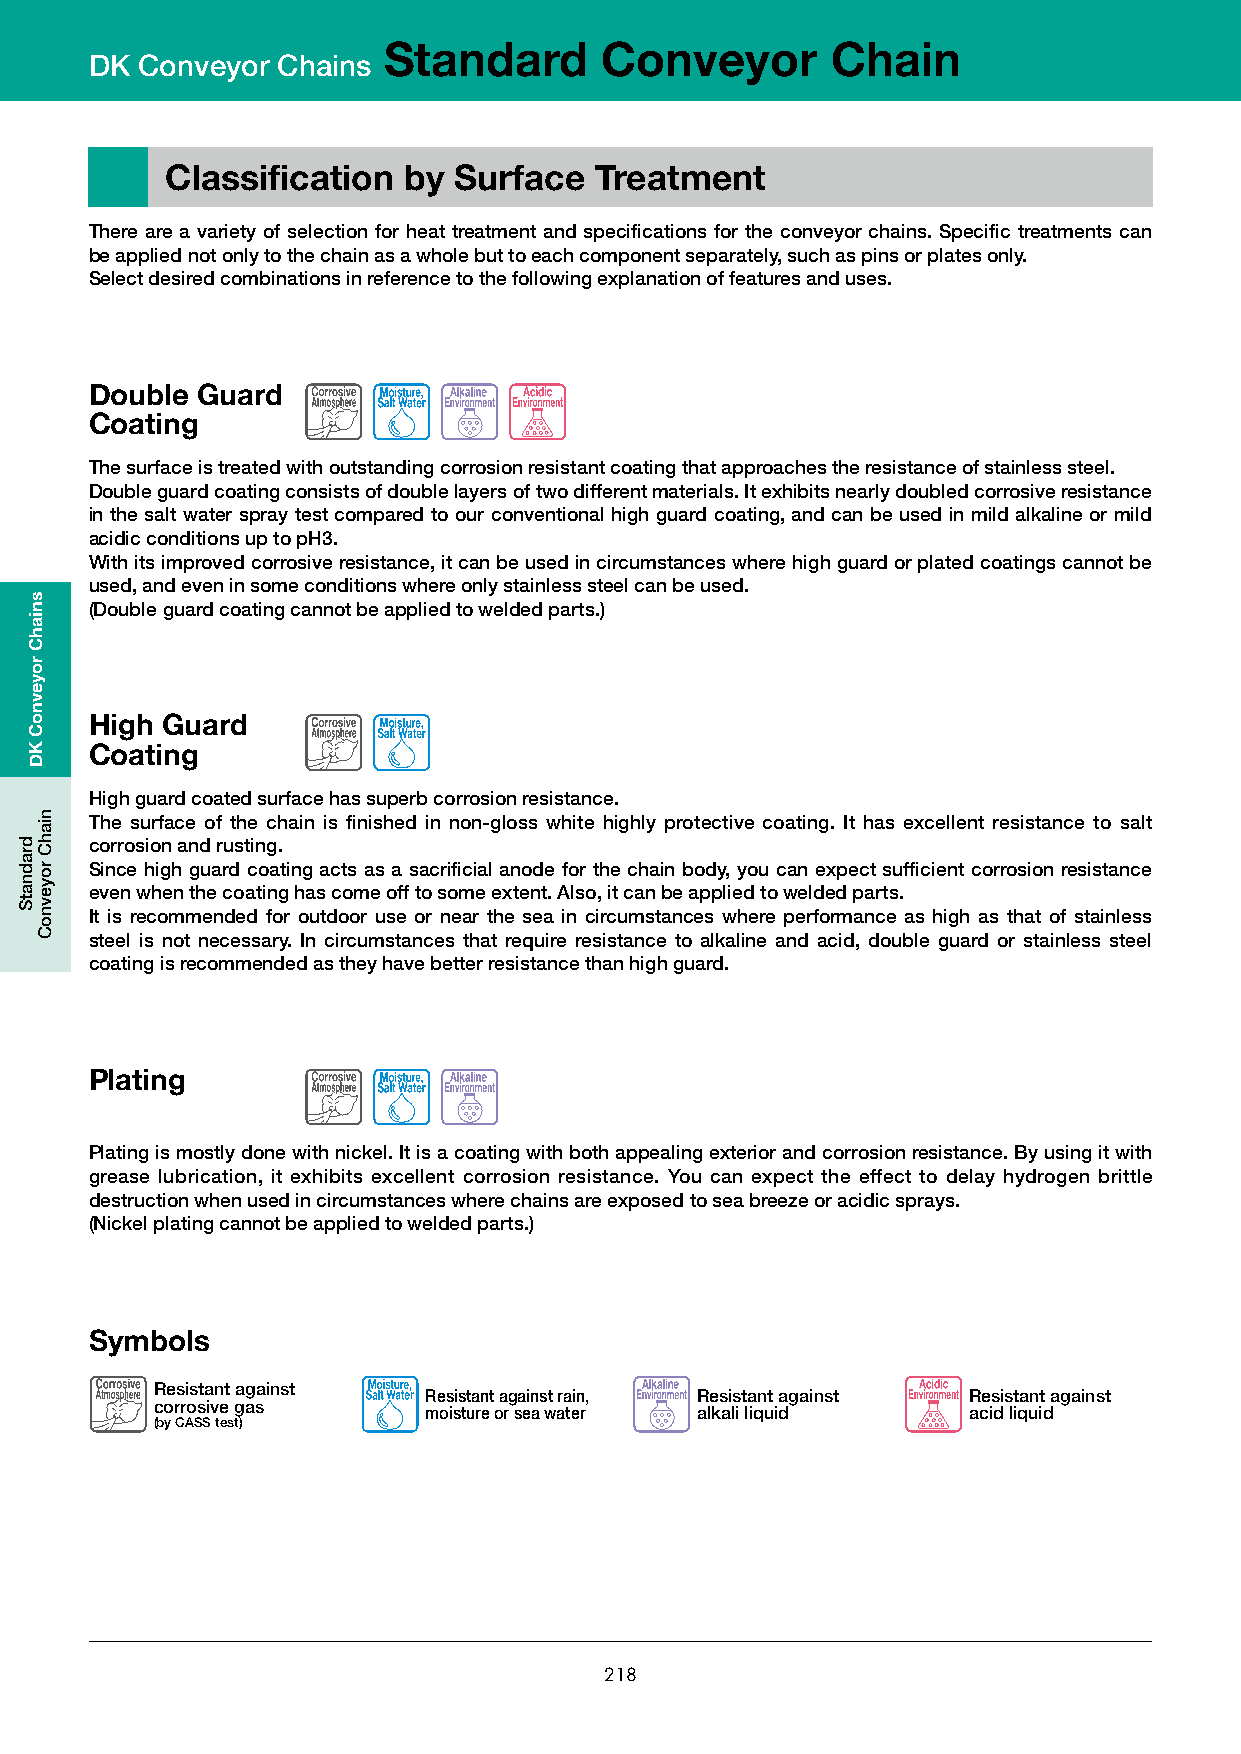
Standard       Conveyor       Chain
 DK Conveyor Chains
 Classification  by Surface  Treatment
 There are a variety of selection for heat treatment and specifications for the conveyor chains. Specific treatments can
 be applied not only to the chain as a whole but to each component separately, such as pins or plates only.
 Select desired combinations in reference to the following explanation of features and uses.
 Double Guard
 Coating
 The surface is treated with outstanding corrosion resistant coating that approaches the resistance of stainless steel.
 Double guard coating consists of double layers of two different materials. It exhibits nearly doubled corrosive resistance
 in the salt water spray test compared to our conventional high guard coating, and can be used in mild alkaline or mild
 acidic conditions up to pH3.
 With its improved corrosive resistance, it can be used in circumstances where high guard or plated coatings cannot be
 used, and even in some conditions where only stainless steel can be used.
 (Double guard coating cannot be applied to welded parts.)
 High Guard
 Coating
 High guard coated surface has superb corrosion resistance.
 The surface of the chain is finished in non-gloss white highly protective coating. It has excellent resistance to salt
 corrosion and rusting.
 Since high guard coating acts as a sacrificial anode for the chain body, you can expect sufficient corrosion resistance
 even when the coating has come off to some extent. Also, it can be applied to welded parts.
 It is recommended for outdoor use or near the sea in circumstances where performance as high as that of stainless
 steel is not necessary. In circumstances that require resistance to alkaline and acid, double guard or stainless steel
 coating is recommended as they have better resistance than high guard.
 Plating
 Plating is mostly done with nickel. It is a coating with both appealing exterior and corrosion resistance. By using it with
 grease lubrication, it exhibits excellent corrosion resistance. You can expect the effect to delay hydrogen brittle
 destruction when used in circumstances where chains are exposed to sea breeze or acidic sprays.
 (Nickel plating cannot be applied to welded parts.)
 Symbols
 Resistant against
 Resistant against rain, Resistant against Resistant against
 corrosive gas
 moisture or sea water alkali liquid acid liquid
 (by CASS test)
 218
 dradnatS
 sniahC
 royevnoC
 KD
 niahC
 royevnoC